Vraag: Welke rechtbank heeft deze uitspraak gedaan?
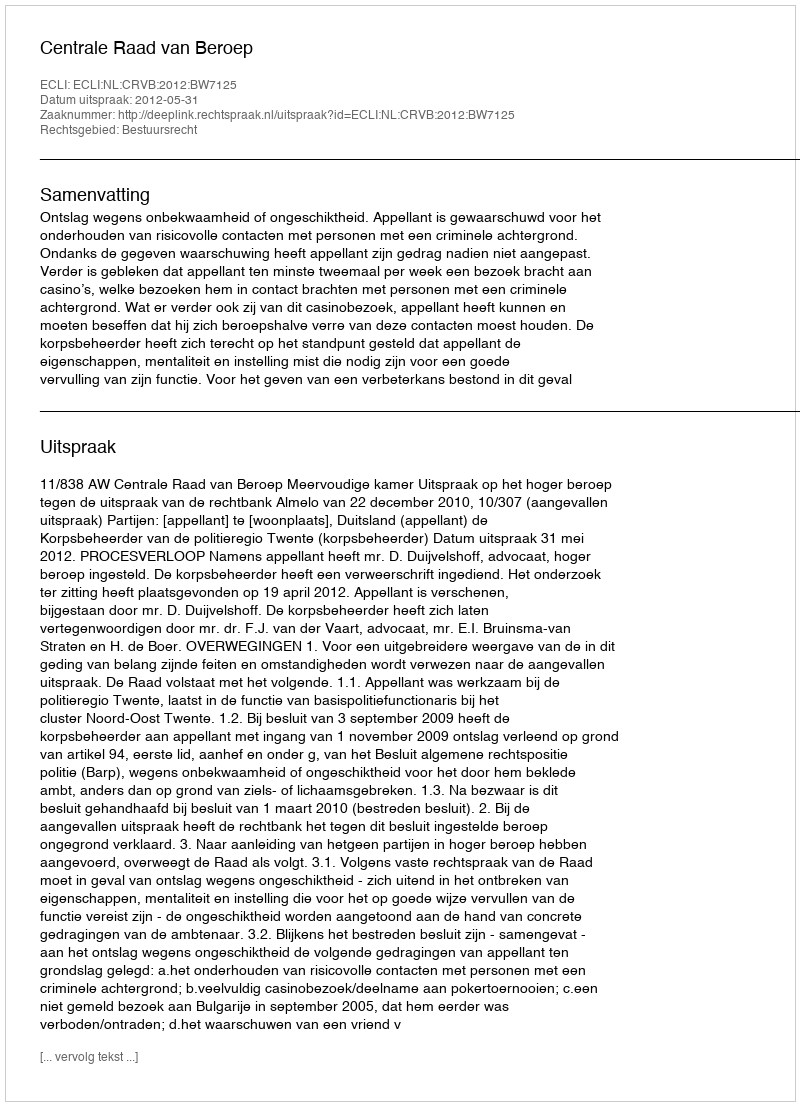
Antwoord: Centrale Raad van Beroep